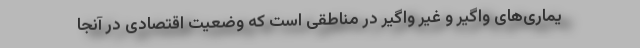
یماری‌های واگیر و غیر واگیر در مناطقی است که وضعیت اقتصادی در آنجا